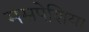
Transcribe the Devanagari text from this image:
मसपेशिया